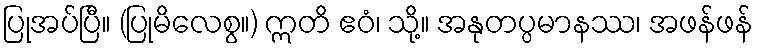
ပြုအပ်ပြီ။ (ပြုမိလေစွ။) ဣတိ ဧဝံ၊ သို့။ အနုတပ္ပမာနဿ၊ အဖန်ဖန်